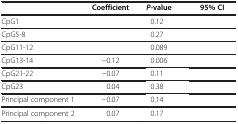
<table><thead><tr><td>[EMPTY_CELL]</td><td><b>Coefficient</b></td><td><b><i>P</i>-value</b></td><td><b>95% CI</b></td></tr></thead><tbody><tr><td>CpG1</td><td>[EMPTY_CELL]</td><td>0.12</td><td>[EMPTY_CELL]</td></tr><tr><td>CpG5-8</td><td>[EMPTY_CELL]</td><td>0.27</td><td>[EMPTY_CELL]</td></tr><tr><td>CpG11-12</td><td>[EMPTY_CELL]</td><td>0.089</td><td>[EMPTY_CELL]</td></tr><tr><td>CpG13-14</td><td>−0.12</td><td>0.006</td><td>[EMPTY_CELL]</td></tr><tr><td>CpG21-22</td><td>−0.07</td><td>0.11</td><td>[EMPTY_CELL]</td></tr><tr><td>CpG23</td><td>0.04</td><td>0.38</td><td>[EMPTY_CELL]</td></tr><tr><td>Principal component 1</td><td>−0.07</td><td>0.14</td><td>[EMPTY_CELL]</td></tr><tr><td>Principal component 2</td><td>0.07</td><td>0.17</td><td>[EMPTY_CELL]</td></tr></tbody></table>